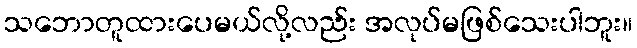
သဘောတူထားပေမယ်လို့လည်း အလုပ်မဖြစ်သေးပါဘူး။